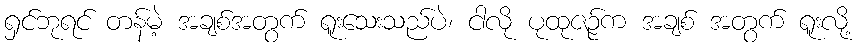
ရှင်ဘုရင် တန်မဲ့ အချစ်အတွက် ရူးသေးသည်ပဲ၊ ငါလို ပုထုဇဉ်က အချစ် အတွက် ရူးလို့